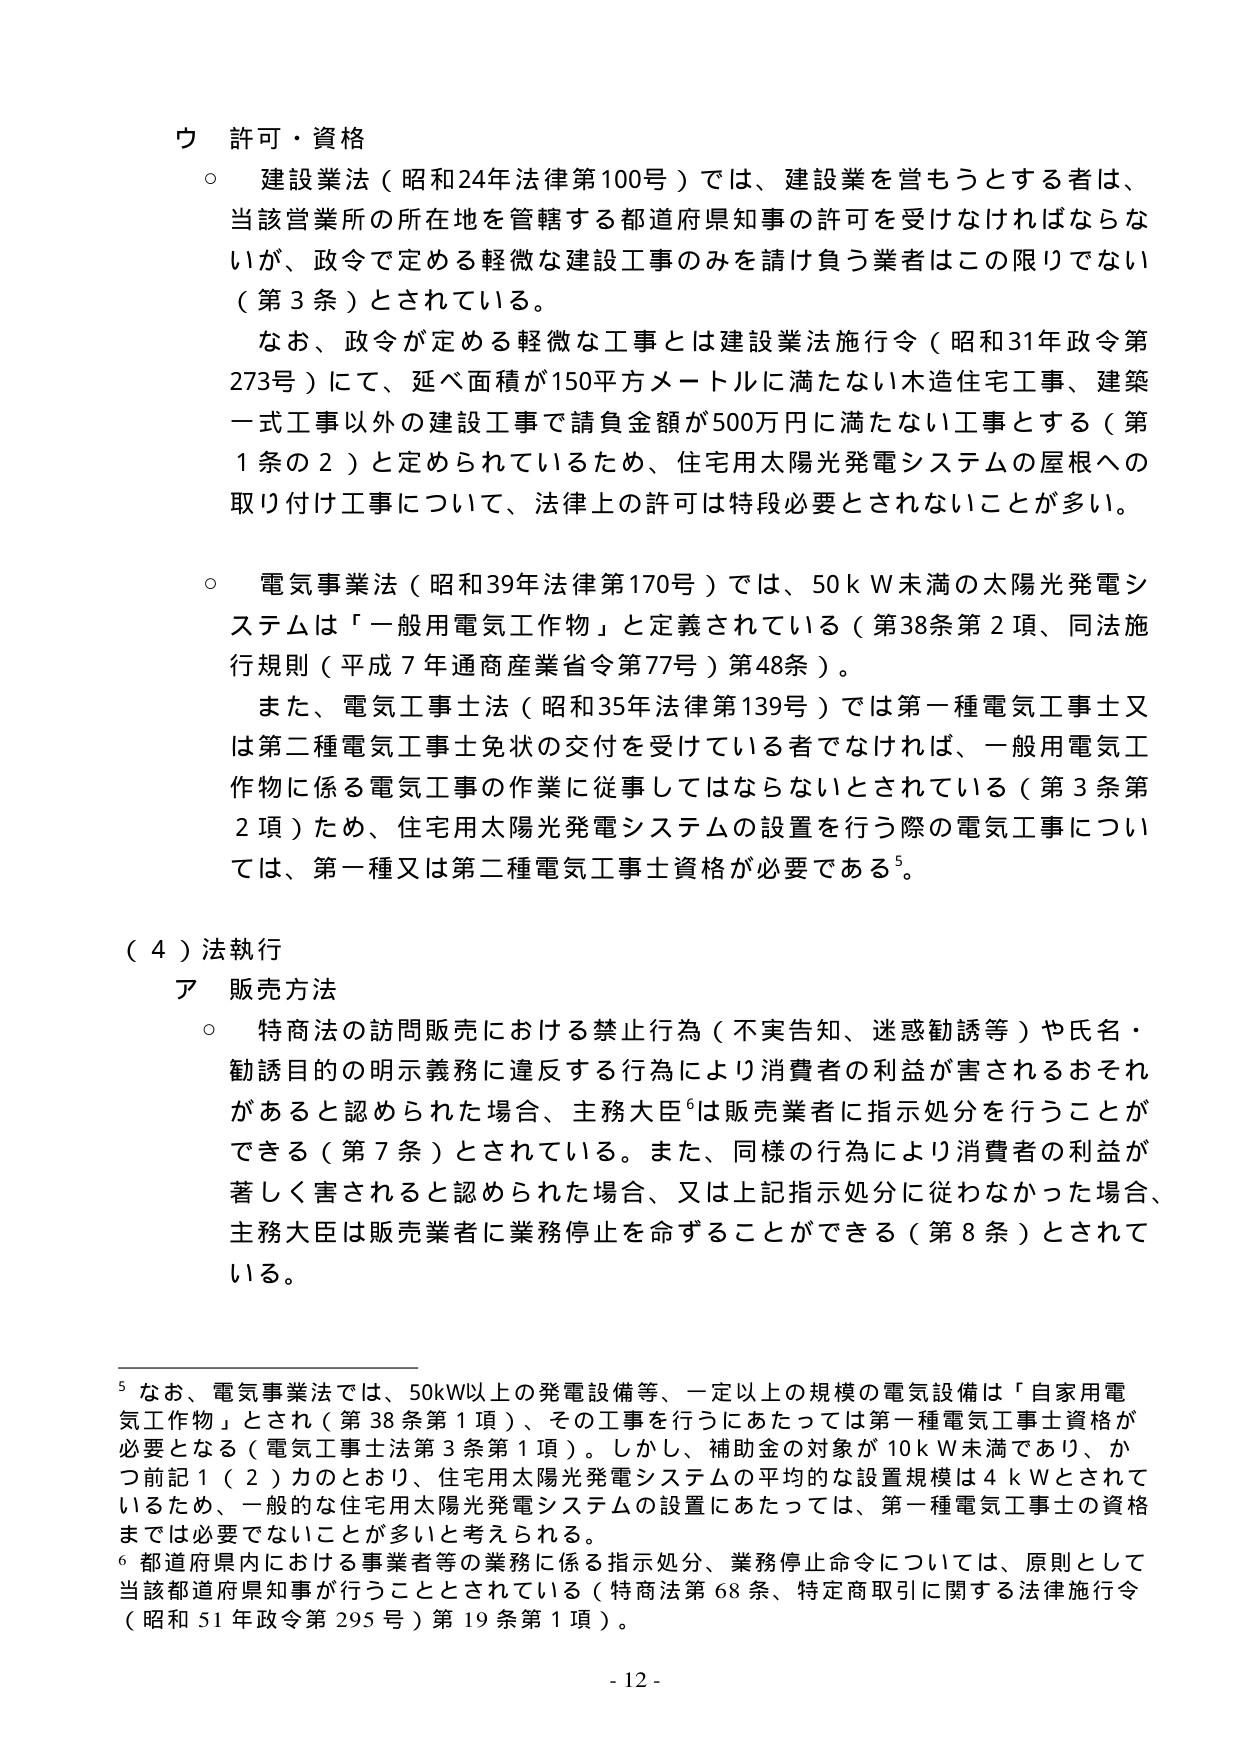
ウ 許可・資格
○ 建設業法（昭和24年法律第100号）では、建設業を営もうとする者は、当該営業所の所在地を管轄する都道府県知事の許可を受けなければならないが、政令で定める軽微な建設工事のみを請け負う業者はこの限りでない（第3条）とされている。
　なお、政令が定める軽微な工事とは建設業法施行令（昭和31年政令第273号）にて、延べ面積が150平方メートルに満たない木造住宅工事、建築一式工事以外の建設工事で請負金額が500万円に満たない工事とする（第1条の2）と定められているため、住宅用太陽光発電システムの屋根への取り付け工事について、法律上の許可は特段必要とされないことが多い。

○ 電気事業法（昭和39年法律第170号）では、50kW未満の太陽光発電システムは「一般用電気工作物」と定義されている（第38条第2項、同法施行規則（平成7年通商産業省令第77号）第48条）。
　また、電気工事士法（昭和35年法律第139号）では第一種電気工事士又は第二種電気工事士免状の交付を受けている者でなければ、一般用電気工作物に係る電気工事の作業に従事してはならないとされている（第3条第2項）ため、住宅用太陽光発電システムの設置を行う際の電気工事については、第一種又は第二種電気工事士資格が必要である⁵。

（４）法執行
ア 販売方法
○ 特商法の訪問販売における禁止行為（不実告知、迷惑勧誘等）や氏名・勧誘目的の明示義務に違反する行為により消費者の利益が害されるおそれがあると認められた場合、主務大臣⁶は販売業者に指示処分を行うことができる（第7条）とされている。また、同様の行為により消費者の利益が著しく害されると認められた場合、又は上記指示処分に従わなかった場合、主務大臣は販売業者に業務停止を命ずることができる（第8条）とされている。

⁵ なお、電気事業法では、50kW以上の発電設備等、一定以上の規模の電気設備は「自家用電気工作物」とされ（第38条第1項）、その工事を行うにあたっては第一種電気工事士資格が必要となる（電気工事士法第3条第1項）。しかし、補助金の対象が10kW未満であり、かつ前記1（2）カのとおり、住宅用太陽光発電システムの平均的な設置規模は4kWとされているため、一般的な住宅用太陽光発電システムの設置にあたっては、第一種電気工事士の資格までは必要でないことが多いと考えられる。
⁶ 都道府県内における事業者等の業務に係る指示処分、業務停止命令については、原則として当該都道府県知事が行うこととされている（特商法第68条、特定商取引に関する法律施行令（昭和51年政令第295号）第19条第1項）。

- 12 -